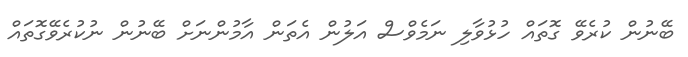
ބޭނުން ކުރެވޭ ގޮތައް ހުޅުވާލި ނަމެވްސް އަލުން އެތަން އާމުންނަށް ބޭނުން ނުކުރެވޭގޮތައް